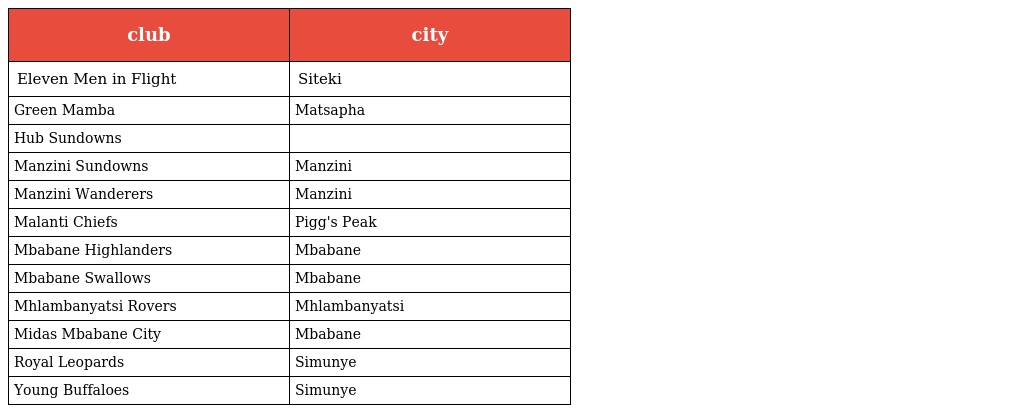
| club | city |
 | --- | --- |
 | Eleven Men in Flight | Siteki |
 | Green Mamba | Matsapha |
 | Hub Sundowns |  |
 | Manzini Sundowns | Manzini |
 | Manzini Wanderers | Manzini |
 | Malanti Chiefs | Pigg's Peak |
 | Mbabane Highlanders | Mbabane |
 | Mbabane Swallows | Mbabane |
 | Mhlambanyatsi Rovers | Mhlambanyatsi |
 | Midas Mbabane City | Mbabane |
 | Royal Leopards | Simunye |
 | Young Buffaloes | Simunye |